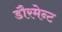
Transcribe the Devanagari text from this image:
डौरमेन्ट